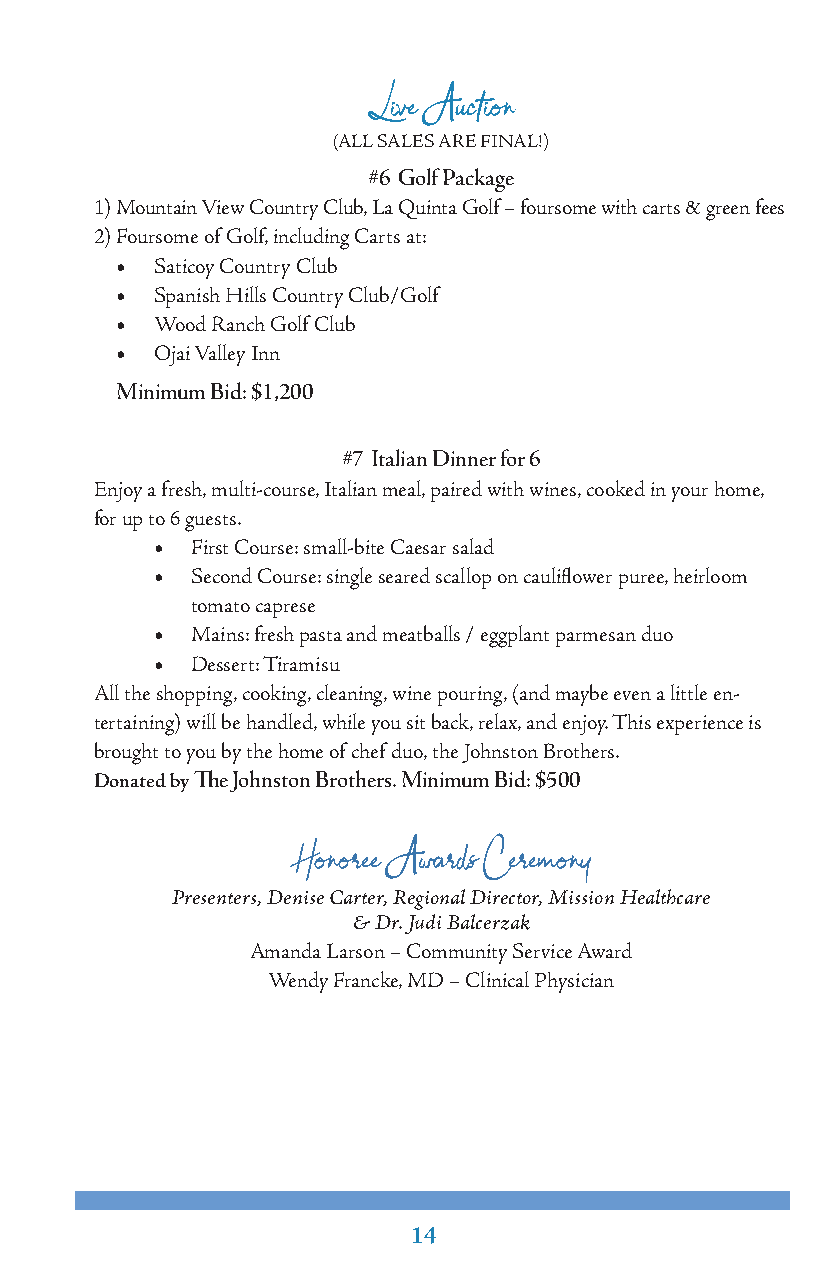
Live Auction
 (ALL SALES ARE FINAL!)
 #6 Golf Package
 1) Mountain View Country Club, La Quinta Golf – foursome with carts & green fees
 2) Foursome of Golf, including Carts at:
 • Saticoy Country Club
 • Spanish Hills Country Club/Golf
 • Wood Ranch Golf Club
 • Ojai Valley Inn
 Minimum Bid: $1,200
 #7 Italian Dinner for 6
 Enjoy a fresh, multi-course, Italian meal, paired with wines, cooked in your home,
 for up to 6 guests.
 •  First Course: small-bite Caesar salad
 •  Second Course: single seared scallop on cauliflower puree, heirloom
 tomato caprese
 •  Mains: fresh pasta and meatballs / eggplant parmesan duo
 •  Dessert: Tiramisu
 All the shopping, cooking, cleaning, wine pouring, (and maybe even a little en-
 tertaining) will be handled, while you sit back, relax, and enjoy. This experience is
 brought to you by the home of chef duo, the Johnston Brothers.
 Donated by The Johnston Brothers. Minimum Bid: $500
 Honoree Awards Ceremony
 Presenters, Denise Carter, Regional Director, Mission Healthcare
 & Dr. Judi Balcerzak
 Amanda Larson – Community Service Award
 Wendy Francke, MD – Clinical Physician
 14